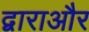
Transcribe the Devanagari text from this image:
द्वाराऔर